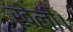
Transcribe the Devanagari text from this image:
खेलीं।